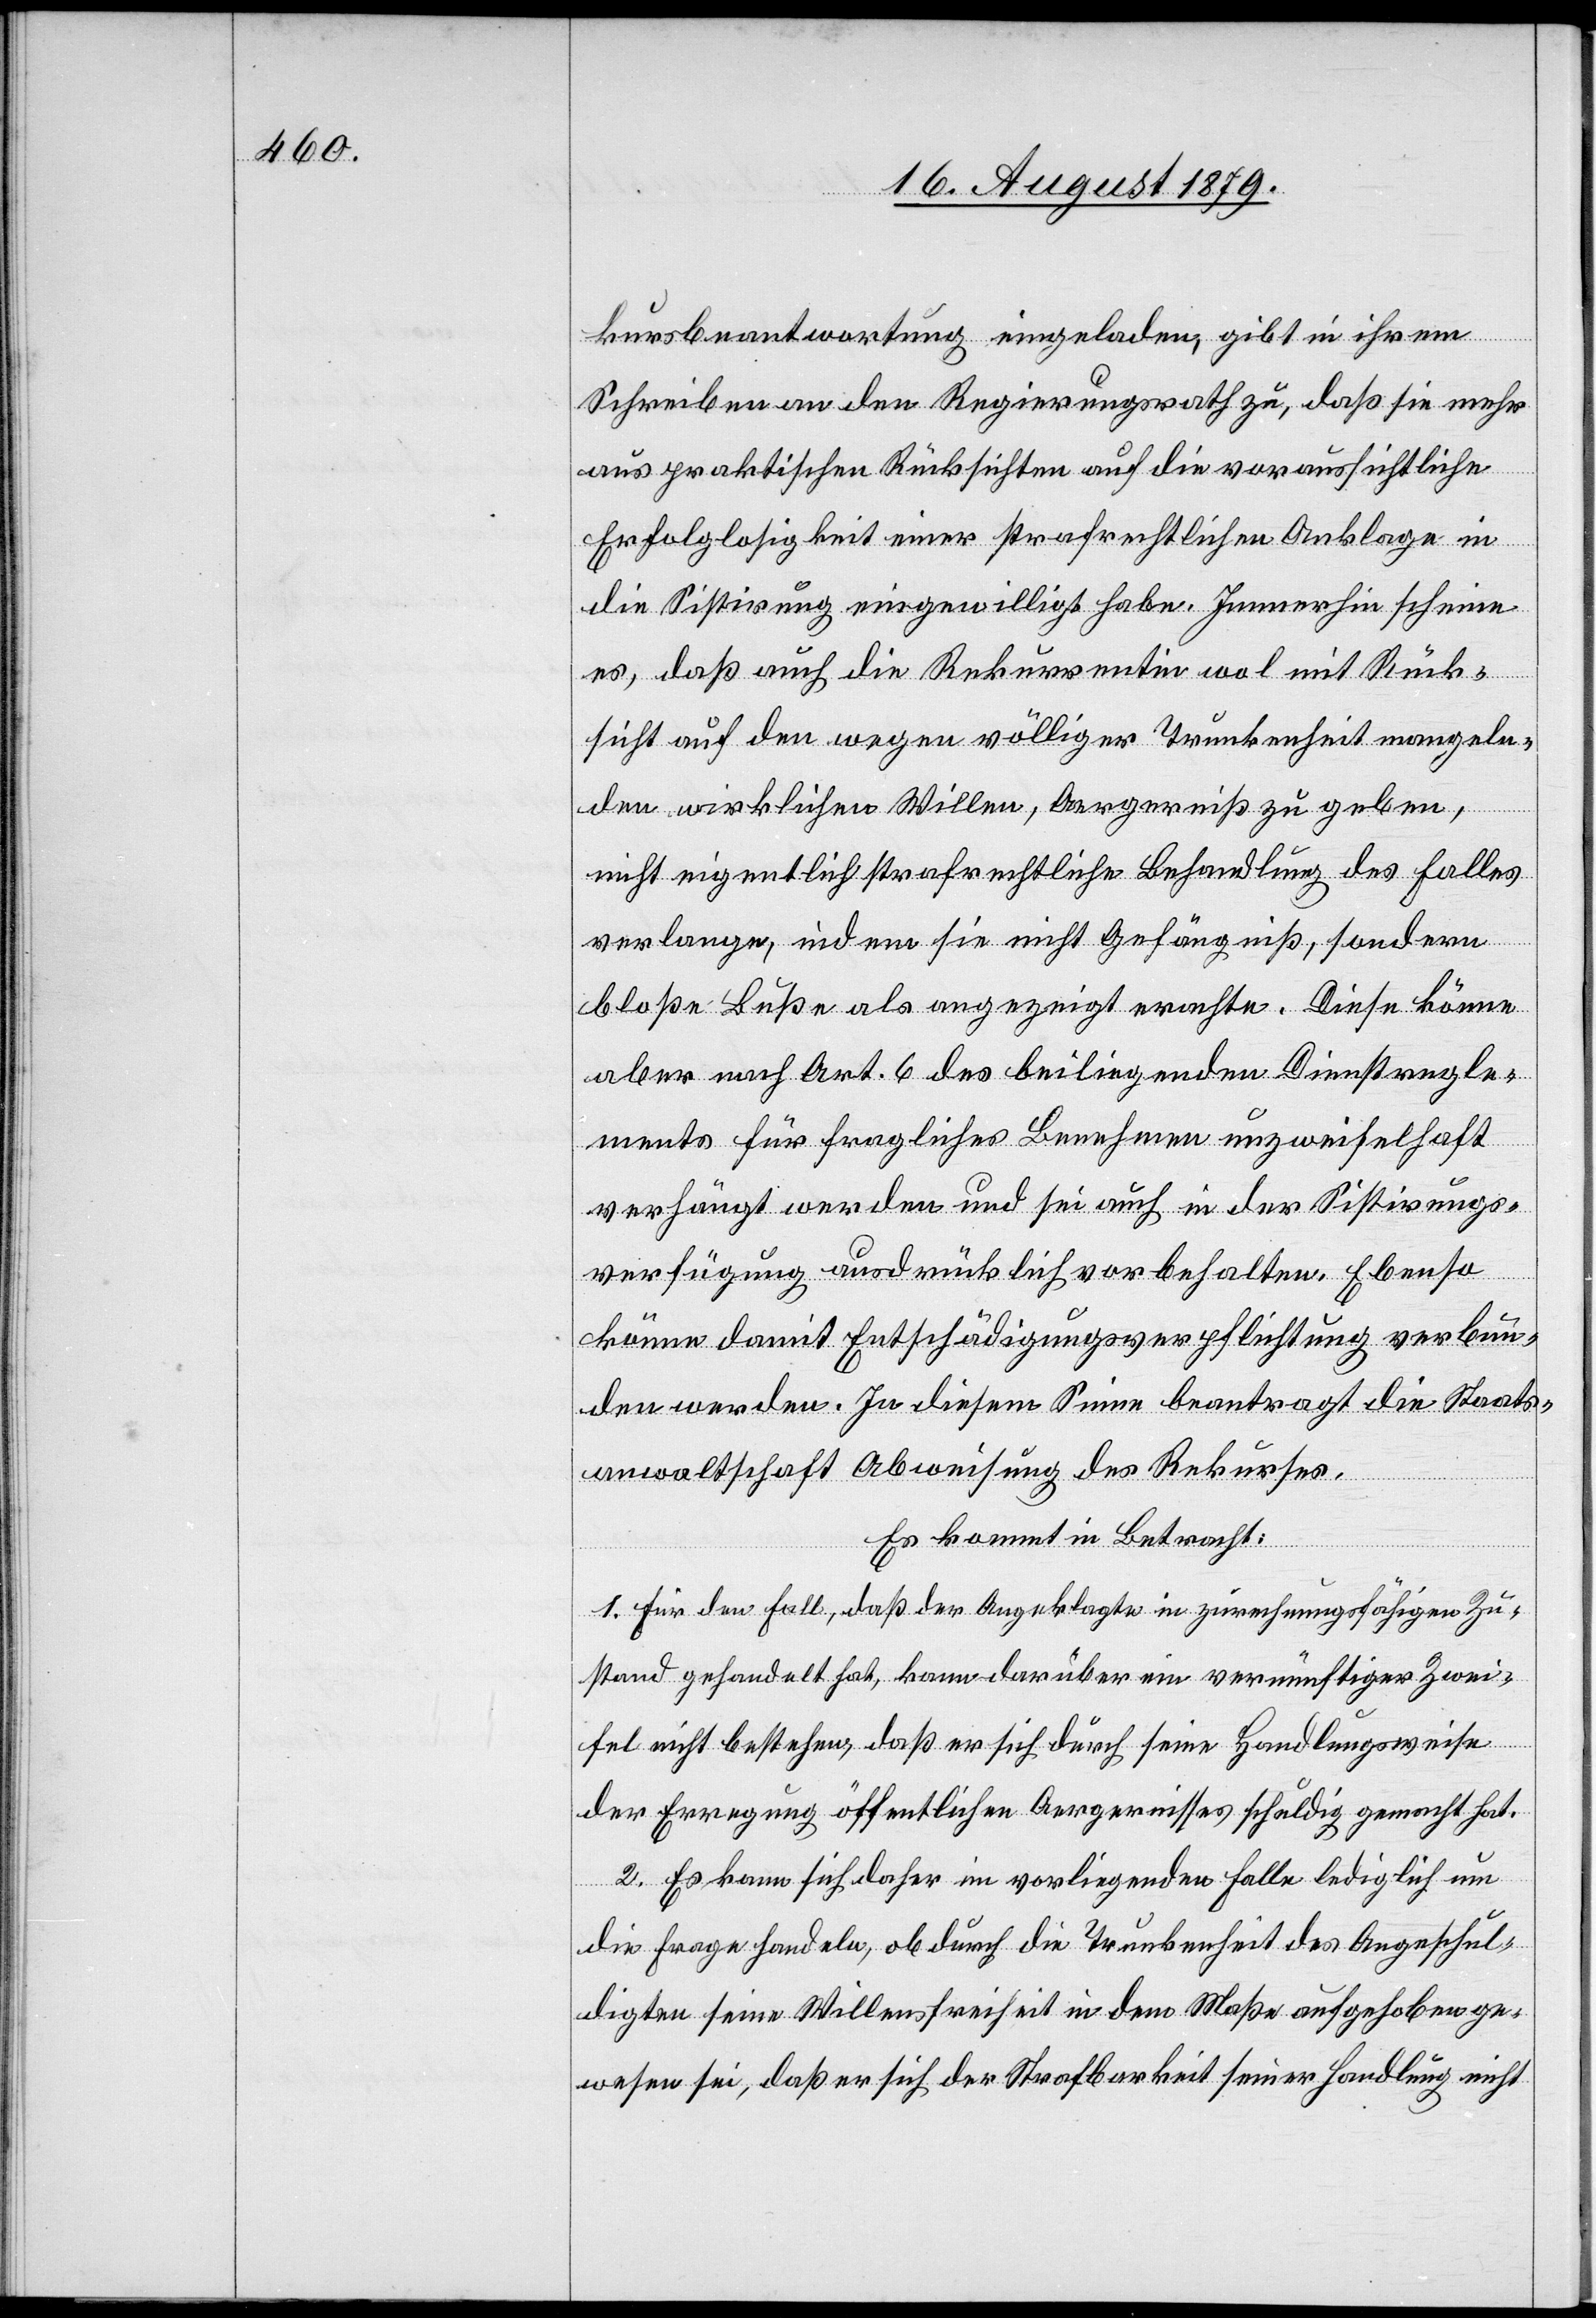
kursbeantwortung eingeladen, gibt in ihrem
Schreiben an den Regierungsrath zu, daß sie mehr
aus praktischen Rücksichten auf die voraussichtliche
Erfolglosigkeit einer strafrechtlichen Anklage in
die Sistirung eingewilligt habe. Immerhin scheine
es, daß auch die Rekurrentin wol mit Rück¬
sicht auf den wegen völliger Trunkenheit mangeln¬
den wirklichen Willen, Aergerniß zu geben,
nicht eigentlich strafrechtliche Behandlung des Falles
verlange, indem sie nicht Gefängniß, sondern
bloße Buße als angezeigt erachte. Diese könne
aber nach Art. 6 des beiliegenden Dienstregle¬
ments für fragliches Benehmen unzweifelhaft
verhängt werden und sei auch in der Sistirungs¬
verfügung ausdrücklich vorbehalten. Ebenso
könne damit Entschädigungsverpflichtung verbun¬
den werden. In diesem Sinne beantragt die Staats¬
anwaltschaft Abweisung des Rekurses.
Es kommt in Betracht:
1. Für den Fall, daß der Angeklagte in zurechnungsfähigen Zu¬
stande gehandelt hat, kann darüber ein vernünftiger Zwei¬
fel nicht bestehen, daß er sich durch seine Handlungsweise
der Erregung öffentlichen Aergernisses schuldig gemacht hat.
2. Es kann sich daher im vorliegenden Falle lediglich um
die Frage handeln, ob durch die Trunkenheit des Angeschul¬
digten seine Willensfreiheit in dem Maße aufgehoben ge¬
wesen sei, daß er sich der Strafbarkeit seiner Handlung nicht